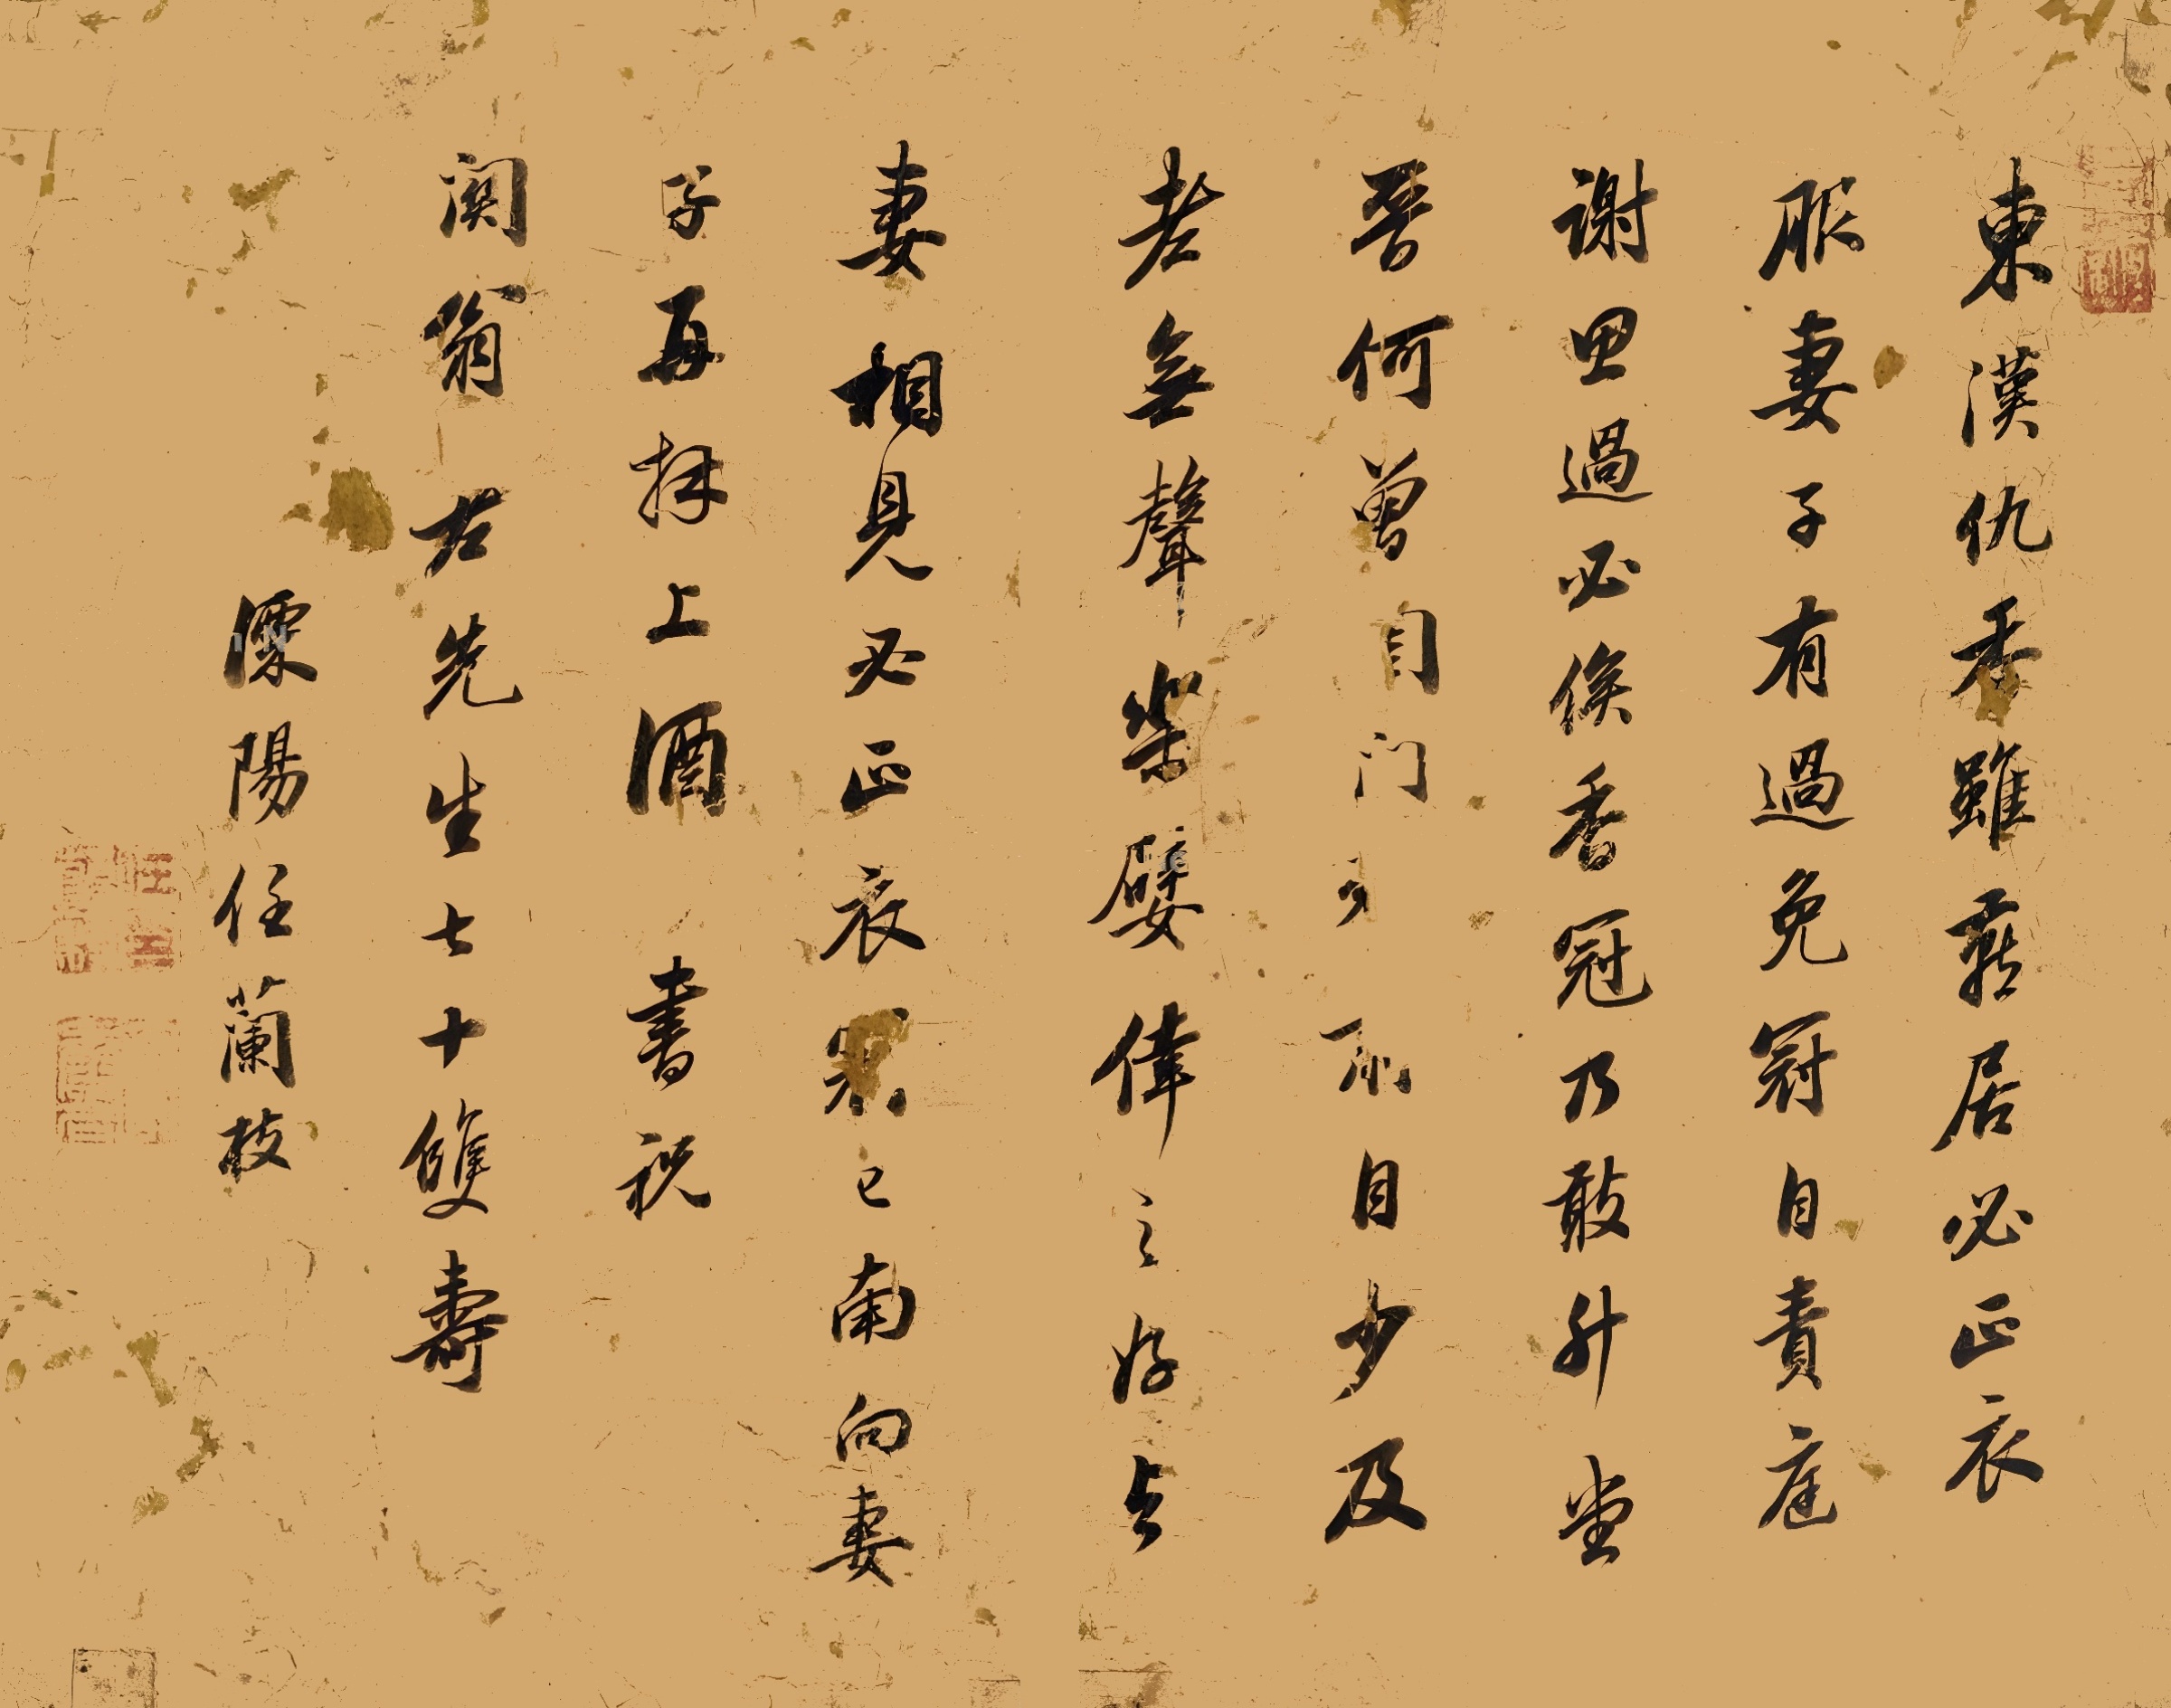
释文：东汉仇香虽燕居，必正衣服。妻子有过，免冠自责，庭谢思过，必俟香冠，乃敢升堂。晋何曽。闺门□，自少及老，无声乐嬖幸之好。与妻相见，必正衣冠，已南向妻再拜上酒。书祝关翁老先生七十双寿，溧阳任兰枝。